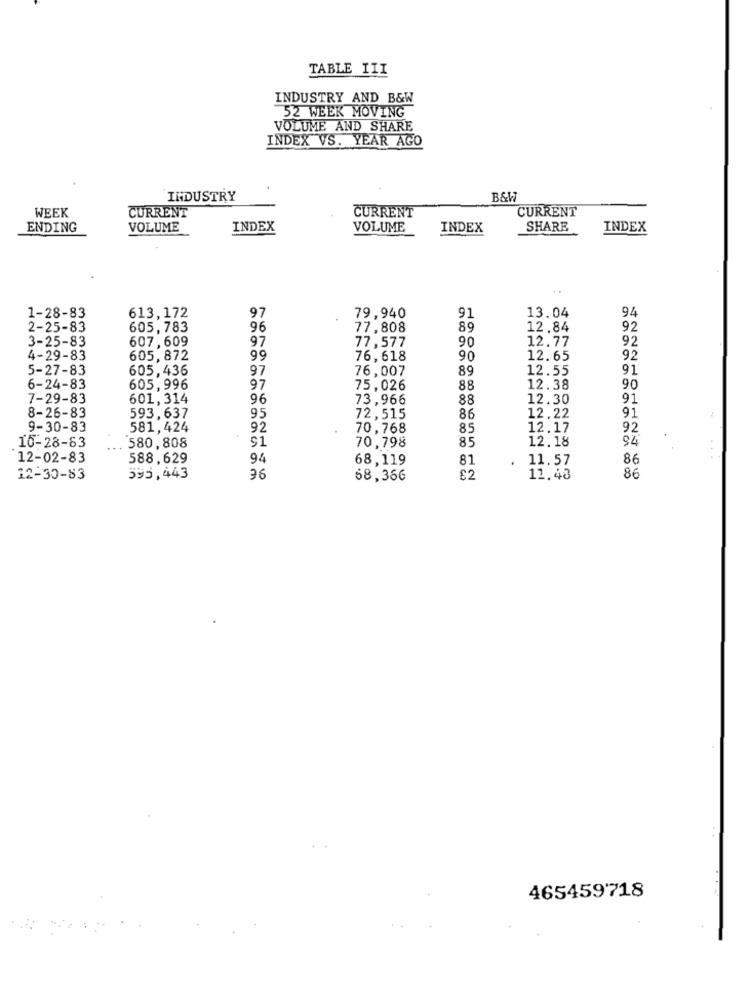
TABLE III
INDUSTRY AND B&W
52 WEEK MOVING
VOLUME AND SHARE
INDEX VS. YEAR AGO
INDUSTRY
WEEK
CURRENT
CURRENT
CURRENT
ENDING
VOLUME
INDEX
VOLUME
INDEX
SHARE
INDEX
13.04
94
1-28-83
613,172
97
79,940
91
2-25-83
605, 783
96
77,808
89
12.84
92
3-25-83
607,609
97
90
12.77
92
77,577
4-29-83
605,872
99
76,618
90
12.65
92
5-27-83
605,436
97
76,007
89
12.55
91
6-24-83
605,996
97
75,026
88
12.38
90
7-29-83
601,314
96
73,966
88
12.30
91
91
8-26-83
593,637
95
72,515
86
12.22
9-30-83
581,424
92
70,768
85
12.17
92
10-28-83
91
70,798
85
12.18
94
580, 808
12-02-83
588,629
94
68,119
81
. 11.57
86
86
12-30-83
395,443
68,366
£2
11.48
465459718